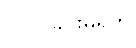
ပါဝင်ခြင်းမရှိဘဲ